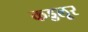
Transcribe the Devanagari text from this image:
कड्डलूर